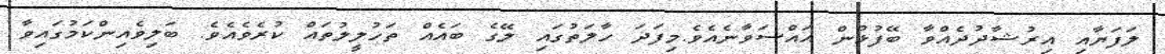
ލަފަޔާއި އިރުޝާދުދެއްވާ ބޭފުޅުން އައްސަވާނެއެވެ.މިފަދަ ހާލަތުގައި ލޭގެ ބައެއް ތަހުލީލުތައް ކުރެވެއެވެ. ބަލިވެއިންކަމުގައިވާ